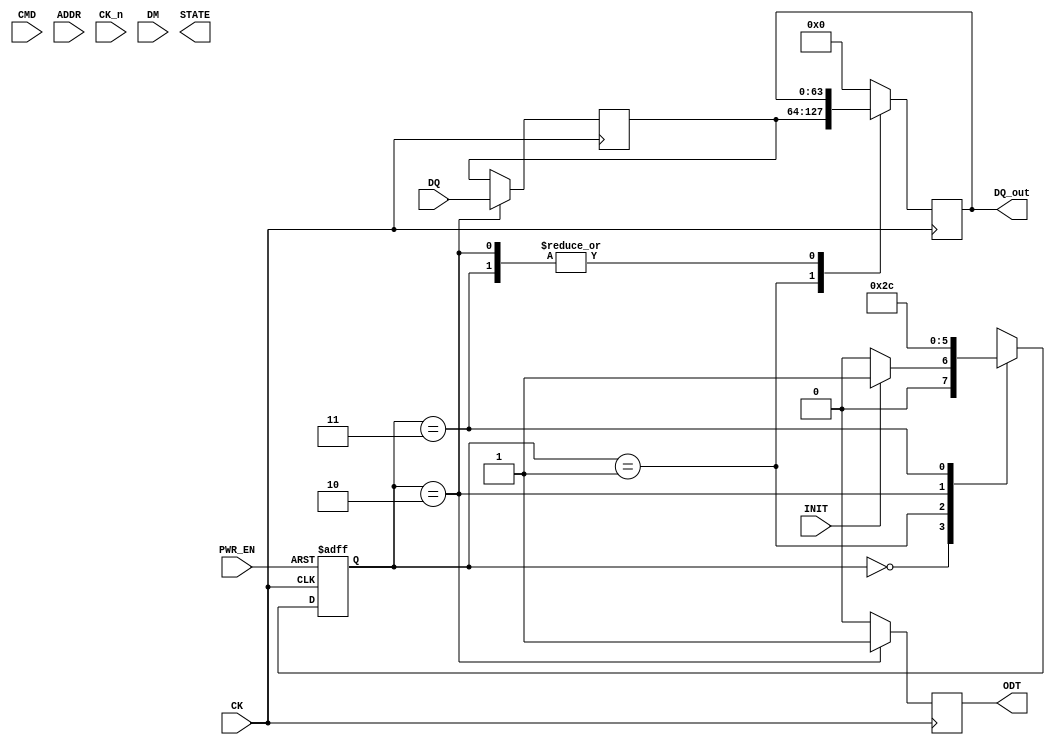
module LPDDR5_IO_Block (
    input wire [63:0] DQ,          // Data Lines (64 bits)
    input wire [2:0] CMD,          // Command Lines (3 bits)
    input wire [15:0] ADDR,        // Address Lines (16 bits)
    input wire CK,                 // Clock Signal
    input wire CK_n,               // Inverted Clock Signal
    input wire [7:0] DM,           // Data Mask
    input wire PWR_EN,             // Power Enable
    input wire INIT,               // Initialization Signal
    output reg [63:0] DQ_out,      // Output Data Lines
    output reg ODT,                // On-die Termination Control
    output reg [1:0] STATE         // State Output
);

    // State Encoding
    localparam IDLE     = 2'b00;
    localparam READ     = 2'b01;
    localparam WRITE    = 2'b10;
    localparam REFRESH  = 2'b11;

    // Internal Signals
    reg [63:0] DQ_in;               // Internal Data Input
    reg [1:0] current_state;        // Current State
    reg [1:0] next_state;           // Next State

    // Initialization and State Machine
    always @(posedge CK or negedge PWR_EN) begin
        if (!PWR_EN) begin
            current_state <= IDLE;   // Reset to IDLE on power down
        end else begin
            current_state <= next_state; // Update state
        end
    end

    // Next State Logic
    always @(*) begin
        case (current_state)
            IDLE: begin
                if (INIT) begin
                    next_state = READ; // Transition to READ on INIT
                end else begin
                    next_state = IDLE; // Remain in IDLE
                end
            end
            READ: begin
                // Logic for READ state
                // Assume some condition to transition to WRITE
                next_state = WRITE;
            end
            WRITE: begin
                // Logic for WRITE state
                // Assume some condition to transition to REFRESH
                next_state = REFRESH;
            end
            REFRESH: begin
                // Logic for REFRESH state
                next_state = IDLE; // Transition back to IDLE
            end
            default: next_state = IDLE; // Default to IDLE
        endcase
    end

    // Data Handling Logic
    always @(posedge CK) begin
        case (current_state)
            READ: begin
                DQ_out <= DQ_in; // Read data into output
            end
            WRITE: begin
                DQ_in <= DQ; // Write data from input
            end
            REFRESH: begin
                // Handle refresh logic
            end
            default: begin
                DQ_out <= 64'b0; // Default output
            end
        endcase
    end

    // ODT Control Logic
    always @(posedge CK) begin
        if (current_state == WRITE) begin
            ODT <= 1'b1; // Enable ODT during write
        end else begin
            ODT <= 1'b0; // Disable ODT otherwise
        end
    end

    // Additional features like timing control, error detection, etc., can be added here.

endmodule